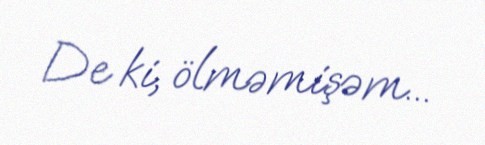
De ki, ölməmişəm...